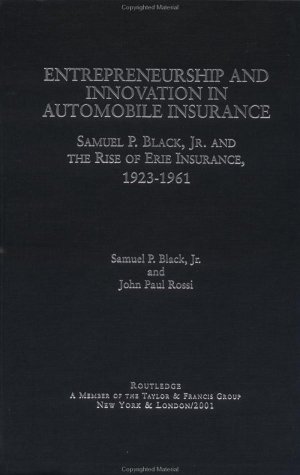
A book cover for Entrepreneurship and Innovation in Automobile Insurance: Samuel P. Black, Jr. and the Rise of Erie Insurance, 1923-1961 (Garland Studies in Entrepreneurship); Samuel P. Black; Engineering & Transportation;